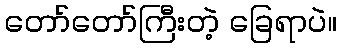
တော်တော်ကြီးတဲ့ ခြေရာပဲ။